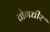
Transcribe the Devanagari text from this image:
तोगधीर